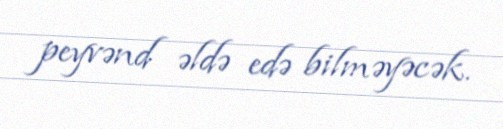
peyvənd əldə edə bilməyəcək.